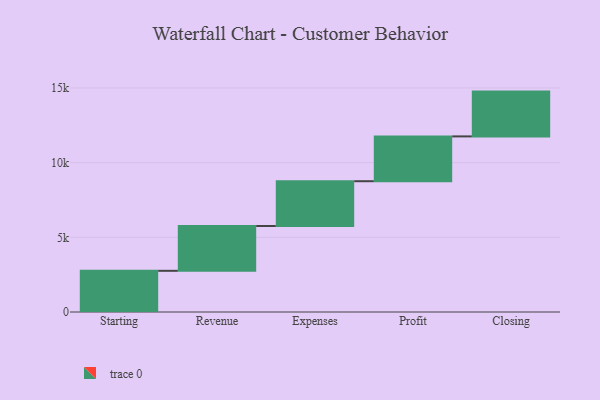
{"axis": {"x": "Step", "y": "Value"}, "legend": [""], "data": [{"x": "Starting", "y": 2758.0, "type": ""}, {"x": "Revenue", "y": 3000, "type": ""}, {"x": "Expenses", "y": 3000, "type": ""}, {"x": "Profit", "y": 3000, "type": ""}, {"x": "Closing", "y": 3000, "type": ""}]}